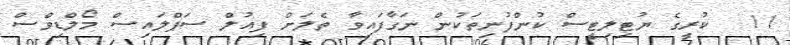
11  ކުރީގެ ޔުޓިލިޓީސް ކުންފުނިތަކުން ނަގާފައިވާ ތެލަށް ފިއުލް ސަޕްލައިސް މޯލްޑިވްސް